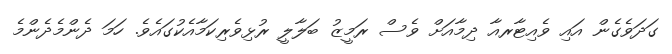
ގަދަވެގެން އައި ވެއިޓާރއާ ދިމާއަށް ވެސް ރަމީޒު ބަލާލީ ރުޅިވެރިކަމާއެކުގައެވެ. ހަމަ ދެންމެދެންމެ